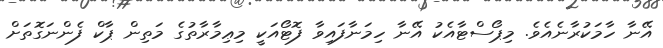
އޭނާ ހާމަކުރާނެއެވެ. މިޕޯސްޓާއެކު އޭނާ ހިމަނާފައިވާ ފޮޓޯއަކީ މިޢިމާރާތުގެ މަތިން ޕާކް ފެންނަގޮތަށް